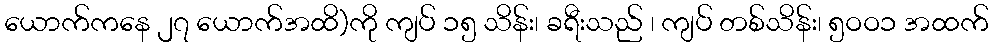
ယောက်ကနေ ၂၇ ယောက်အထိ)ကို ကျပ် ၁၅ သိန်း၊ ခရီးသည် ၊ ကျပ် တစ်သိန်း၊ ၅ဝဝ၁ အထက်